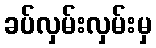
ခပ်လှမ်းလှမ်းမှ